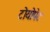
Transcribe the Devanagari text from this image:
टोयोपेट